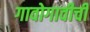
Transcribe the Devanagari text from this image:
गावोगावीची